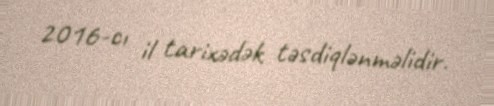
2016-cı il tarixədək təsdiqlənməlidir.